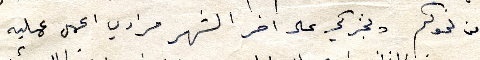
من نحوكم ونخبركي على اخر الشهر مرادي اعمل عمليه